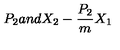
P _ { 2 } a n d X _ { 2 } - \frac { P _ { 2 } } { m } X _ { 1 }